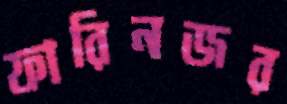
ফারিনজর